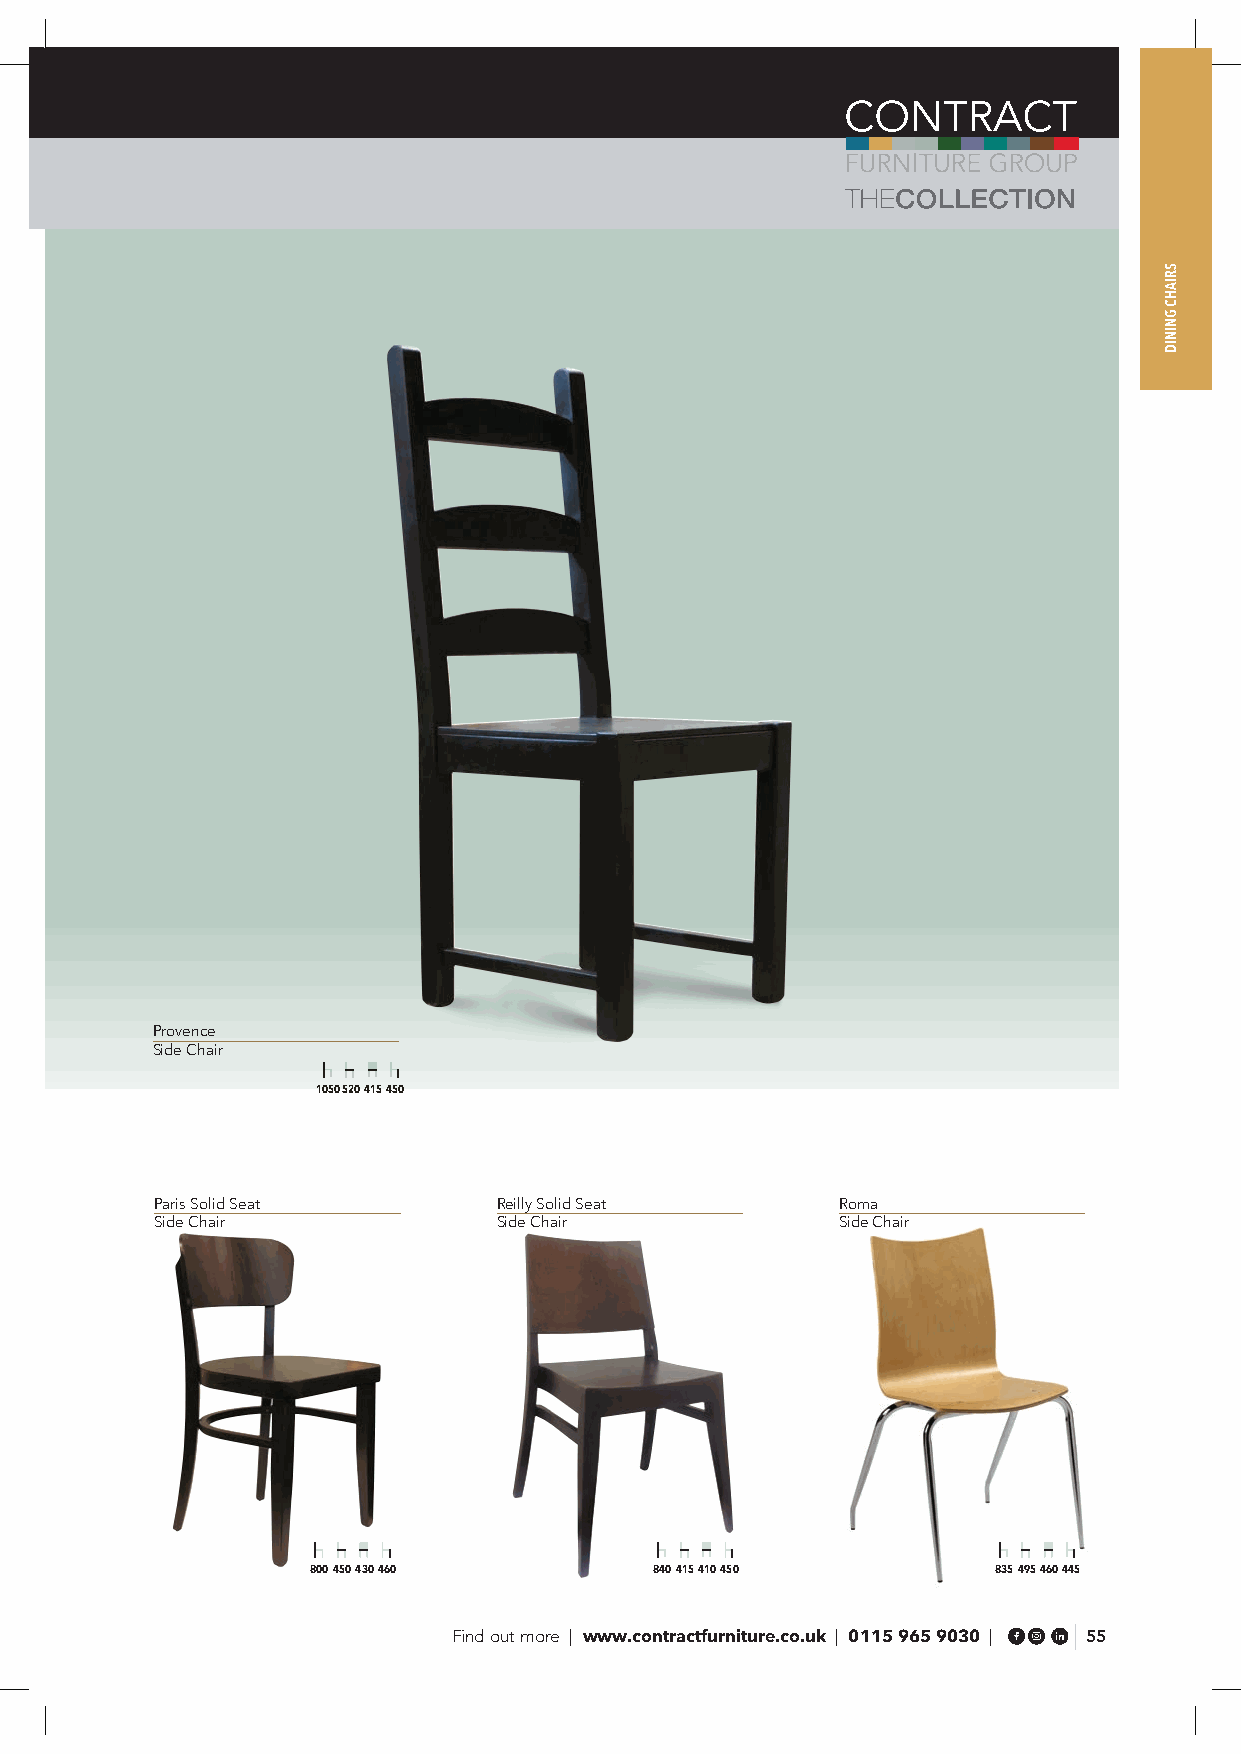
Provence
 Side Chair
 1050 520 415 450
 Paris Solid Seat       Reilly Solid Seat      Roma
 Side Chair             Side Chair             Side Chair
 800 450 430 460       840 415 410 450        835 495 460 445
 Find out more | www.contractfurniture.co.uk | 0115 965 9030 | 55
 SRIAHC
 GNINID